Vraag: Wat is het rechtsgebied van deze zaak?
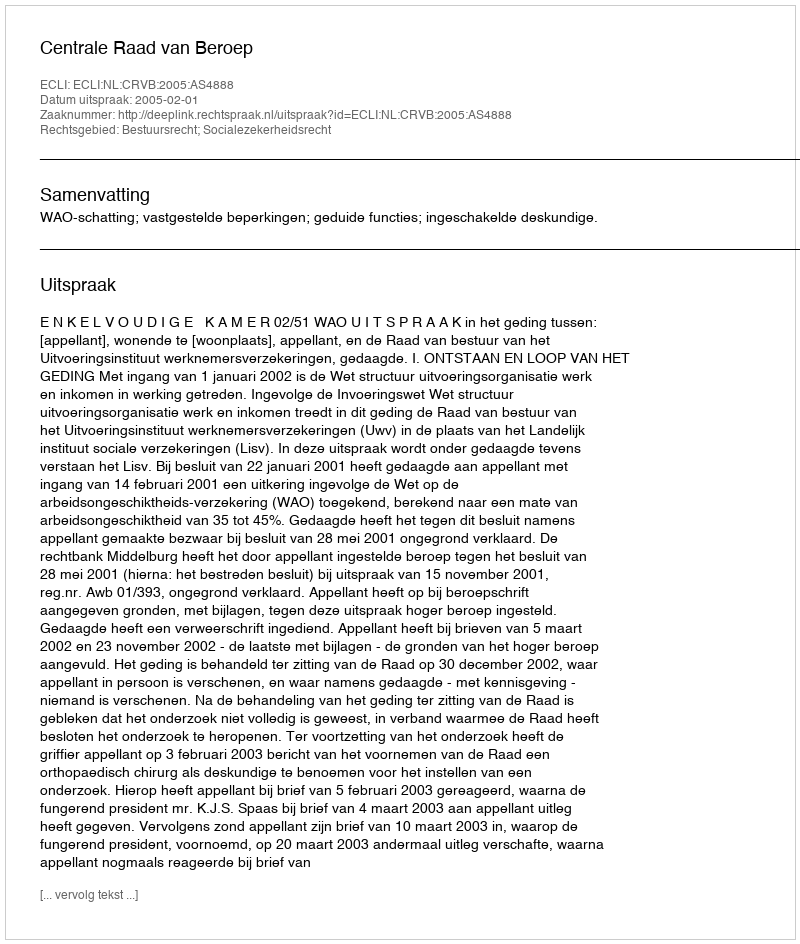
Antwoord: Bestuursrecht; Socialezekerheidsrecht